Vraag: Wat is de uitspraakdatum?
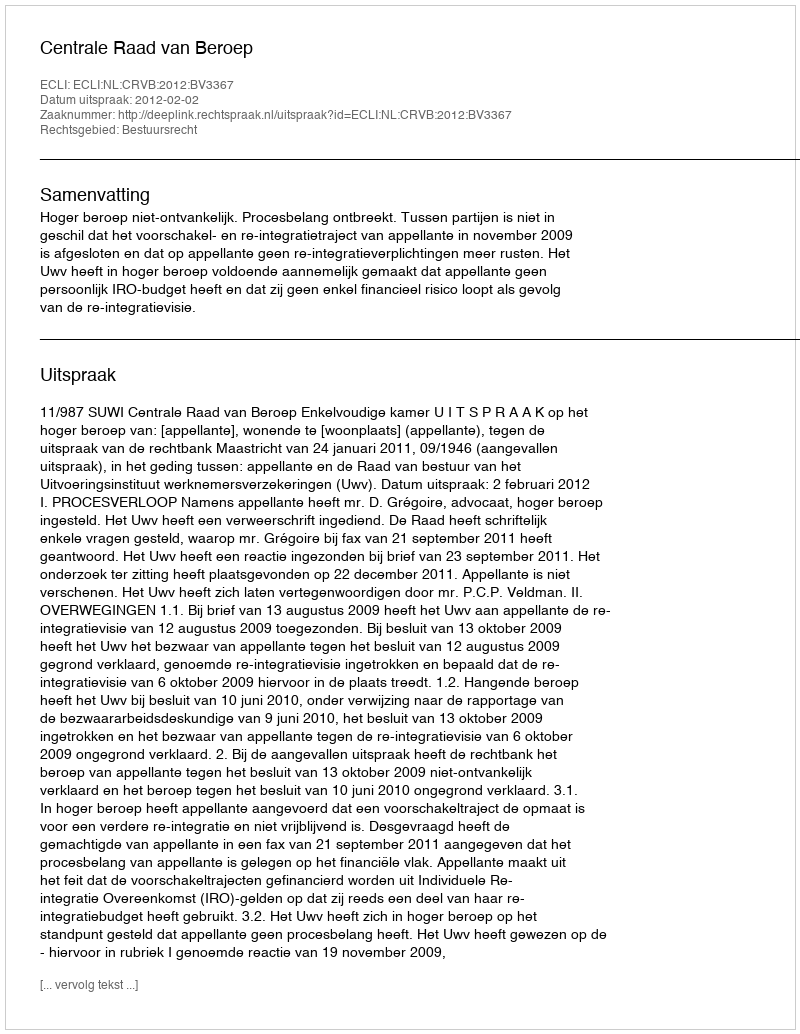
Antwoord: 2012-02-02